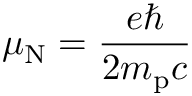
\mu _ { \mathrm { N } } = { \frac { e \hbar } { 2 m _ { \mathrm { p } } c } }